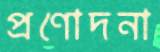
প্রণোদনা